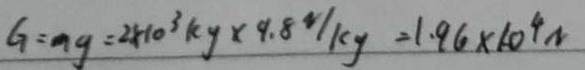
G = m g = 2 \times 1 0 ^ { 3 } k g \times 9 . 8 N / k g = 1 . 9 6 \times 1 0 ^ { 4 } N